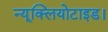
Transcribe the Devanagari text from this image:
न्यूक्लियोटाइड।